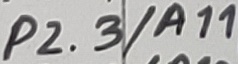
Text: P2.3/A11